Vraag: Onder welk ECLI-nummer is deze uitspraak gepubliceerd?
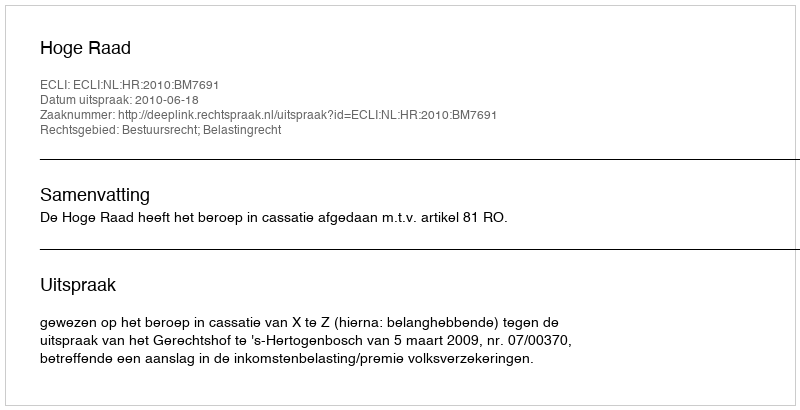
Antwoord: ECLI:NL:HR:2010:BM7691